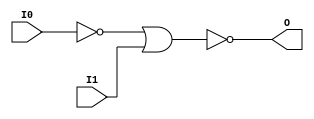
module NOR2B1 (O, I0, I1);

    output O;

    input  I0, I1;

    wire i0_inv;

    not N0 (i0_inv, I0);
    nor O1 (O, i0_inv, I1);


endmodule